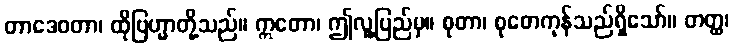
တာဒေဝတာ၊ ထိုဗြဟ္မာတို့သည်။ ဣတော၊ ဤလူ့ပြည်မှ။ စုတာ၊ စုတေကုန်သည်ရှိသော်။ တတ္ထ၊